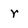
Character: r